Tezpur Lunatic Asylum reports 1877-1894 - 1877-1894
Year: 1877
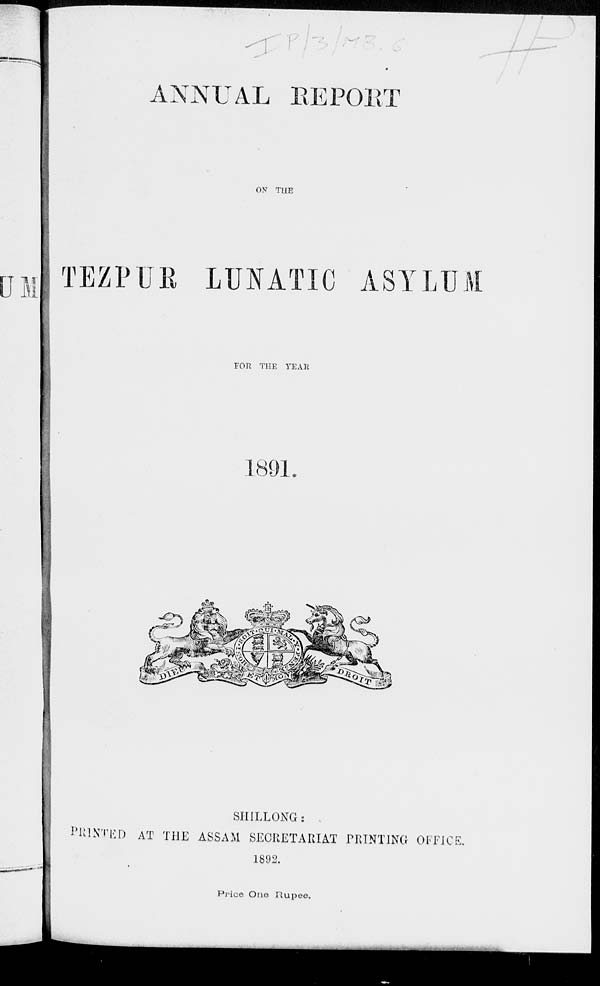
ANNUAL RE POET
ON THE
pjjTEZPUB LUNATIC ASYLUM
TOR THE YEAR
SHILLOKG:
PRINTED AT THE ASSAM SECRETARIAT PRINTING OFFICE.
1892.
Price One Rupee.